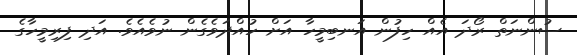
ސުންނަތް ރޯދަ އެއް ހިފުން އަނބިމީހާ އަށް ހުއްދަވެގެން ނުވެއެވެ. އަދި ފިރިމީހާގެ